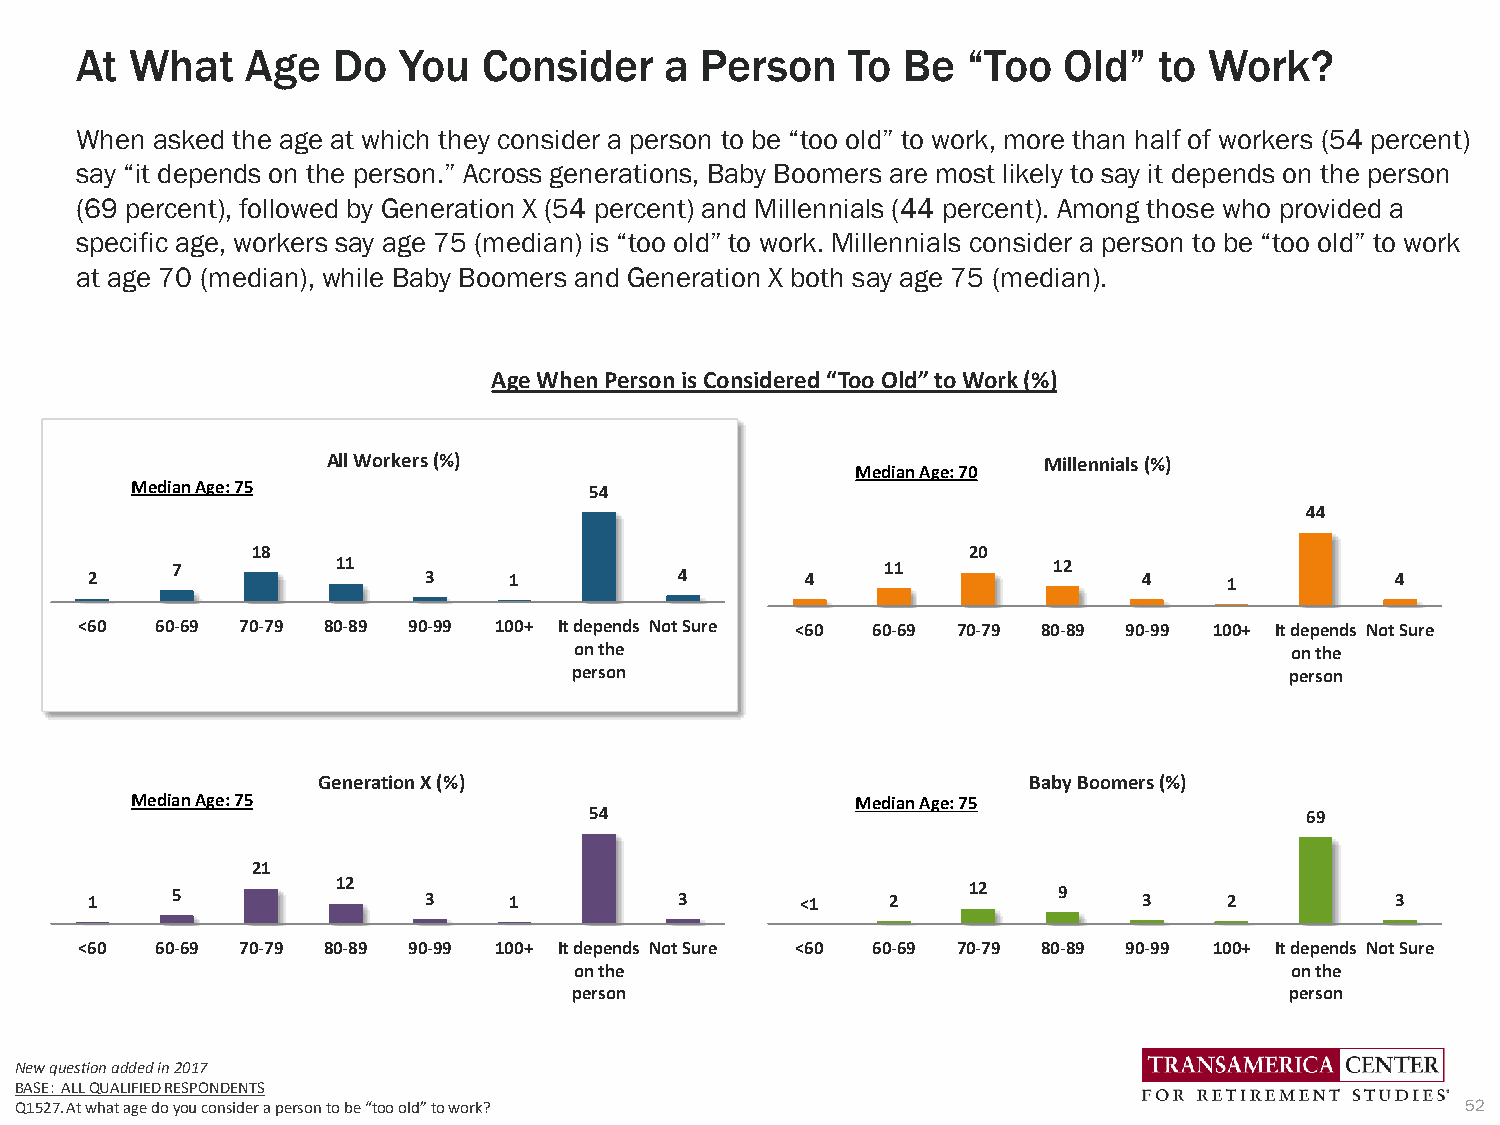
At  What   Age   Do  You   Consider    a Person    To  Be  “Too  Old”   to Work?
 When asked the age at which they consider a person to be “too old” to work, more than half of workers (54 percent)
 say “it depends on the person.” Across generations, Baby Boomers are most likely to say it depends on the person
 (69 percent), followed by Generation X (54 percent) and Millennials (44 percent). Among those who provided a
 specific age, workers say age 75 (median) is “too old” to work. Millennials consider a person to be “too old” to work
 at age 70 (median), while Baby Boomers and Generation X both say age 75 (median).
 Age When Person is Considered “Too Old” to Work (%)
 All Workers (%)                                Millennials (%)
 Median Age: 70
 Median Age: 75                54
 44
 18                                             20
 2    7          11    3     1          4       4     11         12    4    1          4
 <60  60-69 70-79 80-89 90-99 100+ It depends Not Sure <60 60-69 70-79 80-89 90-99 100+ It depends Not Sure
 on the                                         on the
 person                                         person
 Generation X (%)                               Baby Boomers (%)
 Median Age: 75                                  Median Age: 75
 54                                             69
 21
 1    5          12    3     1          3       <1    2    12    9     3    2          3
 <60  60-69 70-79 80-89 90-99 100+ It depends Not Sure <60 60-69 70-79 80-89 90-99 100+ It depends Not Sure
 on the                                         on the
 person                                         person
 New question added in 2017
 BASE: ALL QUALIFIED RESPONDENTS
 Q1527. At what age do you consider a person to be “too old” to work?                            52